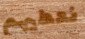
نعطيهم